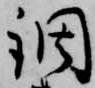
調